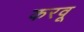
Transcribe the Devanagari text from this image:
करवू